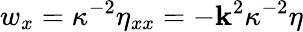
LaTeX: w_{x}=\kappa^{-2}\eta_{xx}=-\mathbf{k}^{2}\kappa^{-2}\eta